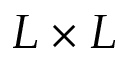
L \times L